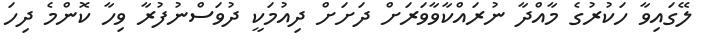
ލޭގައިވާ ހަކުރުގެ މާއްދާ ނުރައްކާވާވަރަށް ދަށަށް ދިއުމަކީ ދުވަސްނުފުރާ ވިހާ ކޮންމެ ދިހަ